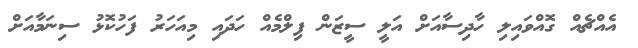
އެއްޗެއް ގޮއްވައިލި ހާދިސާއަށް އަލީ ސީޒަން ފިލްމެއް ހަދައި މިއަހަރު ފަހުކޮޅު ސިނަމާއަށް